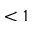
< 1